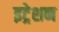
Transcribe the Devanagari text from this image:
इट्रेशन